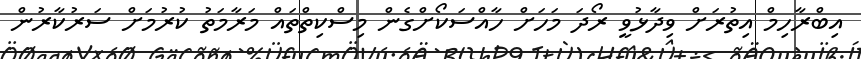
އިބްރާހިމް އިތުރަށް ވިދާޅުވީ ރޯދަ މަހަށް ހާއްސަކޯށްގެން މިސްކިތްތައް މަރާމަތު ކުރުމަށް ސަރުކާރުން